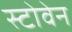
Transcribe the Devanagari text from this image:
स्टोवेन